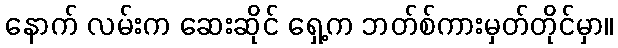
နောက် လမ်းက ဆေးဆိုင် ရှေ့က ဘတ်စ်ကားမှတ်တိုင်မှာ။